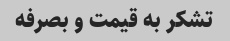
تشکر به قیمت و بصرفه